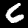
Label: 6